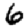
Digit: 6